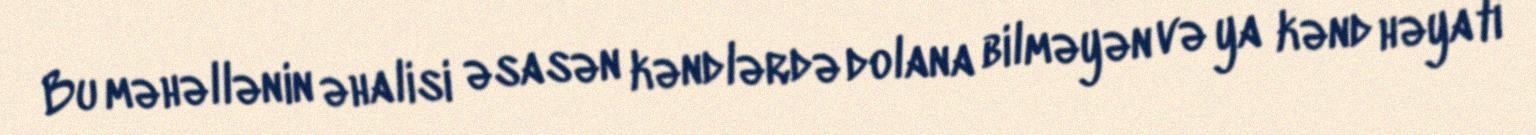
Bu məhəllənin əhalisi əsasən kəndlərdə dolana bilməyən və ya kənd həyatı